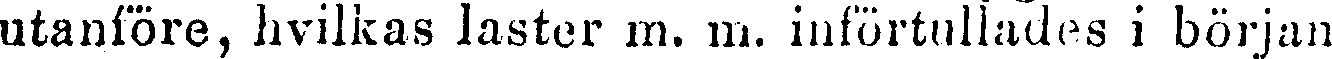
utanföre, hvilkas laster m. m. införtullades i början